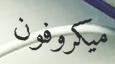
ميكروفون